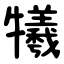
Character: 犧